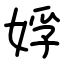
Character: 娐